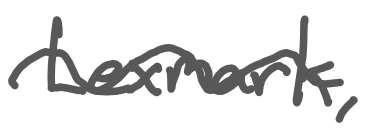
Text: Lexmark,
Cross-out: mix
Writing tool: digital_gray